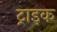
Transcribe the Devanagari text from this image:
ट्राइक